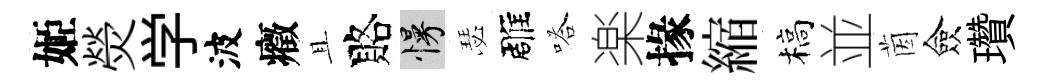
姬熒学波癥且賂慢瑟雕嗒楽掾縮槁並茵僉瓚